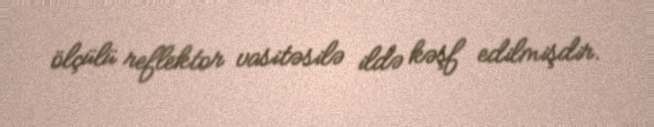
ölçülü reflektor vasitəsilə ildə kəşf edilmişdir.